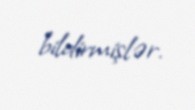
bildirmişlər.